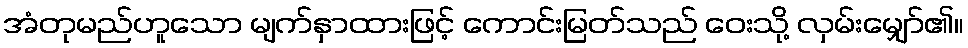
အံတုမည်ဟူသော မျက်နှာထားဖြင့် ကောင်းမြတ်သည် ဝေးသို့ လှမ်းမျှော်၏။